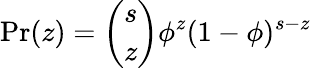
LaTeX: \mathrm{Pr}(z)=\binom{s}{z}\phi^{z}(1-\phi)^{s-z}